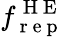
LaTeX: f_{\mathrm{~r~e~p~}}^{\mathrm{~H~E~}}